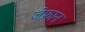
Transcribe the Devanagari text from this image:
जेफ्रान